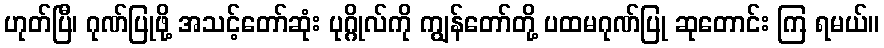
ဟုတ်ပြီ၊ ဂုဏ်ပြုဖို့ အသင့်တော်ဆုံး ပုဂ္ဂိုလ်ကို ကျွန်တော်တို့ ပထမဂုဏ်ပြု ဆုတောင်း ကြ ရမယ်။